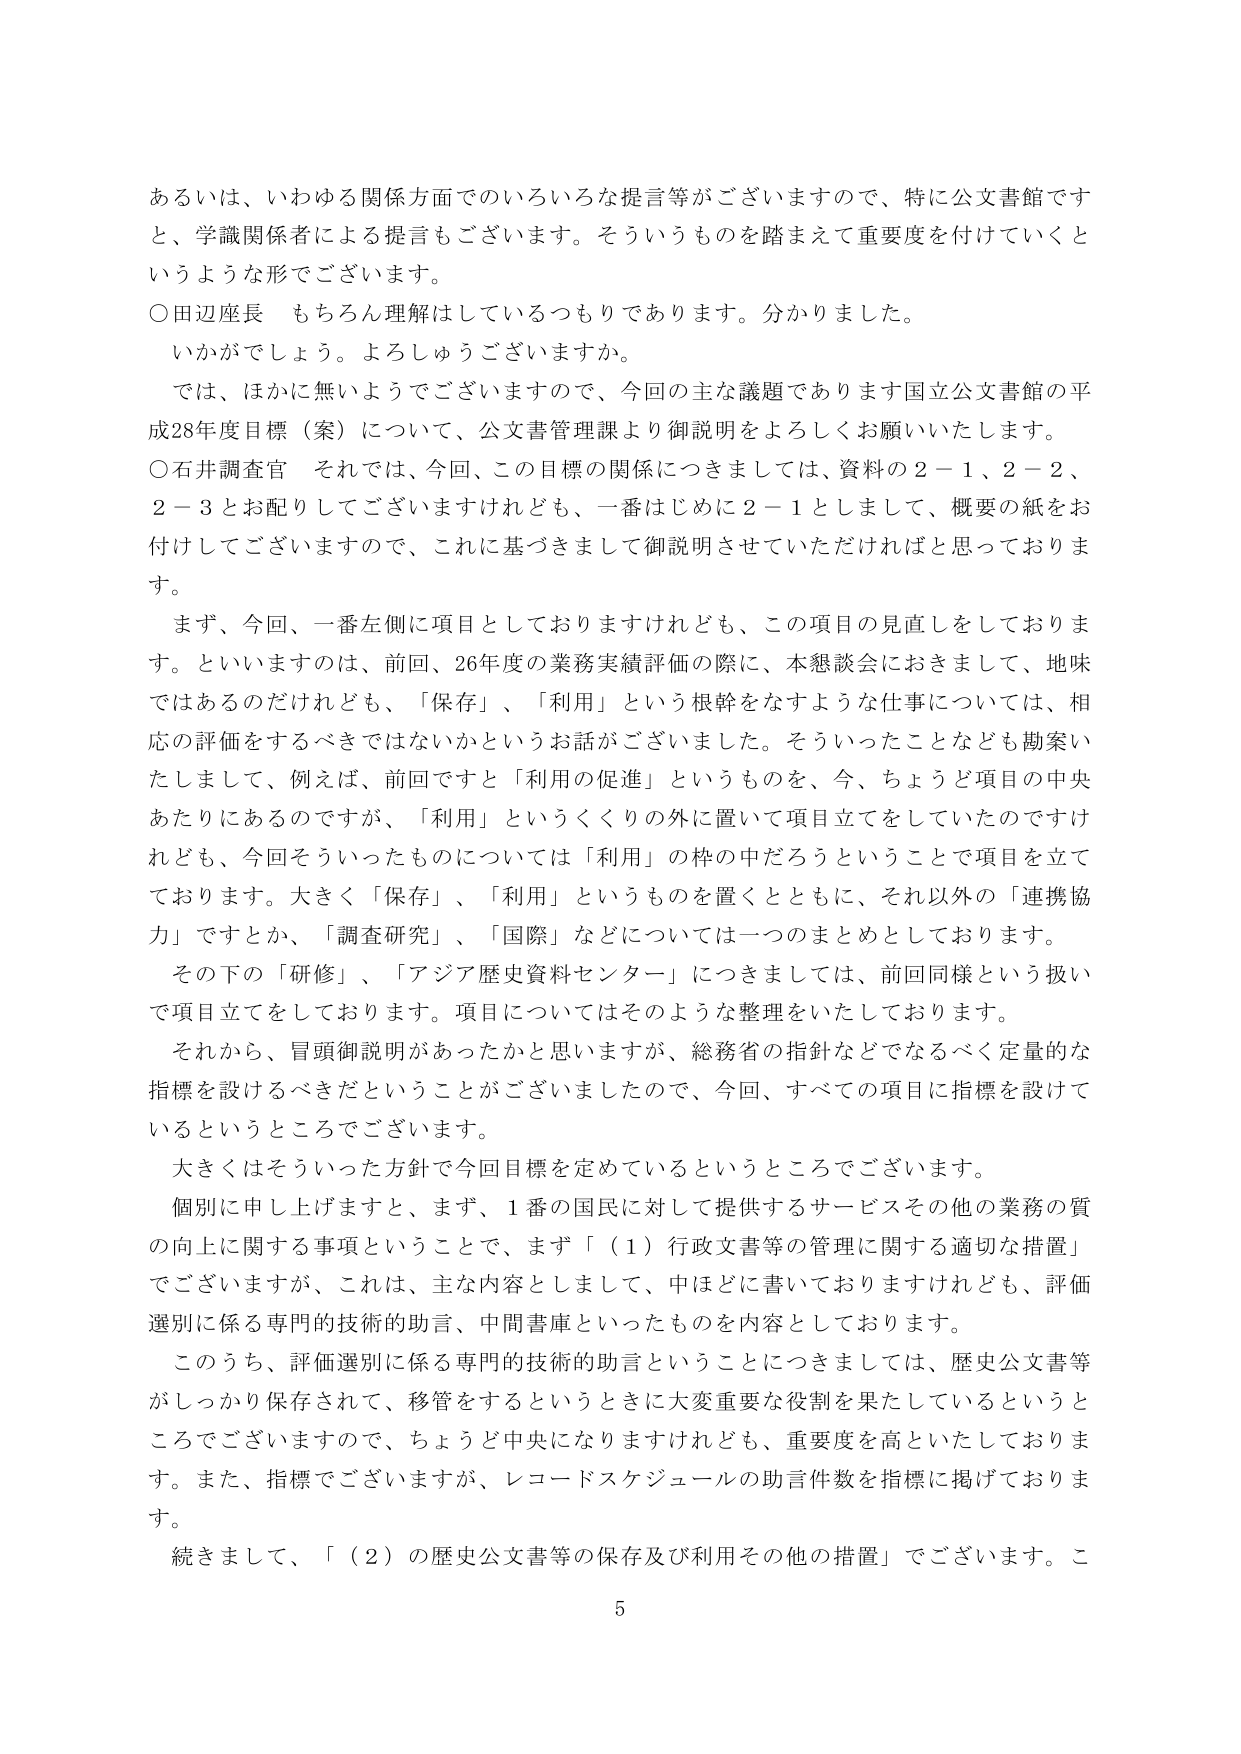
あるいは、いわゆる関係方面でのいろいろな提言等がございますので、特に公文書館ですと、学識関係者による提言もございます。そういうものを踏まえて重要度を付けていくというような形でございます。

○田辺座長　もちろん理解はしているつもりであります。分かりました。
　　いかがでしょう。よろしゅうございますか。

　では、ほかに無いようでございますので、今回の主な議題であります国立公文書館の平成28年度目標（案）について、公文書管理課より御説明をよろしくお願いいたします。

○石井調査官　それでは、今回、この目標の関係につきましては、資料の２－１、２－２、２－３とお配りしてございますけれども、一番はじめに２－１としまして、概要の紙をお付けしてございますので、これに基づきまして御説明させていただければと思っております。

　まず、今回、一番左側に項目としておりますけれども、この項目の見直しをしております。といいますのは、前回、26年度の業務実績評価の際に、本懇談会におきまして、地味ではあるのだけれども、「保存」、「利用」という根幹をなすような仕事については、相応の評価をするべきではないかというお話がございました。そういったことなども勘案いたしまして、例えば、前回ですと「利用の促進」というものを、今、ちょうど項目の中央あたりにあるのですが、「利用」というくくりの外に置いて項目立てをしていたのですけれども、今回そういったものについては「利用」の枠の中だろうということで項目を立てております。大きく「保存」、「利用」というものを置くとともに、それ以外の「連携協力」ですとか、「調査研究」、「国際」などについては一つのまとめとしております。

　その下の「研修」、「アジア歴史資料センター」につきましては、前回同様という扱いで項目立てをしております。項目についてはそのような整理をいたしております。

　それから、冒頭御説明があったかと思いますが、総務省の指針などでなるべく定量的な指標を設けるべきだということがございましたので、今回、すべての項目に指標を設けているというところでございます。

　大きくはそういった方針で今回目標を定めているというところでございます。

　個別に申し上げますと、まず、１番の国民に対して提供するサービスその他の業務の質の向上に関する事項ということで、まず「（１）行政文書等の管理に関する適切な措置」でございますが、これは、主な内容としまして、中ほどに書いておりますけれども、評価選別に係る専門的技術的助言、中間書庫といったものを内容としております。

　このうち、評価選別に係る専門的技術的助言ということにつきましては、歴史公文書等がしっかり保存されて、移管をするというときに大変重要な役割を果たしているというところでございますので、ちょうど中央になりますけれども、重要度を高といたしております。また、指標でございますが、レコードスケジュールの助言件数を指標に掲げております。

　続きまして、「（２）の歴史公文書等の保存及び利用その他の措置」でございます。こ

5